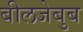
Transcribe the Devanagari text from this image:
बीलजेबुब